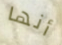
أنها